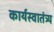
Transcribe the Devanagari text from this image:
कार्यस्वातंत्र्य